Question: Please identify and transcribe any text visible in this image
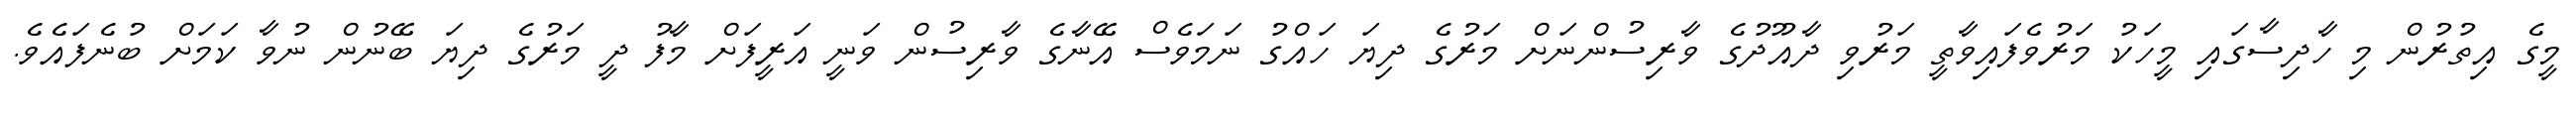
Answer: މީގެ އިތުރުން މި ހާދިސާގައި މީހަކު މަރުވެފައިވާތީ މަރުވި ދާއޫދުގެ ވާރިސުންނަށް މަރުގެ ދިޔަ ހައްގު ނަމަވެސް އޭނާގެ ވާރިސުން ވަނީ އަރީފަށް މާފު ދީ މަރުގެ ދިޔަ ބޭނުން ނުވާ ކަމަށް ބުނެފައެވެ.